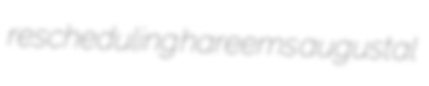
rescheduling hareems augustal